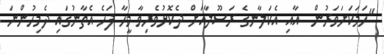
"ހަމަކަށަވަރުން  އާއި އެކަލާނގެ ރަސޫލާއަށް ދެކޮޅުވެރިވާ މީހާ ފަހެ އެތާނުގައި ދެމިހުންނަ